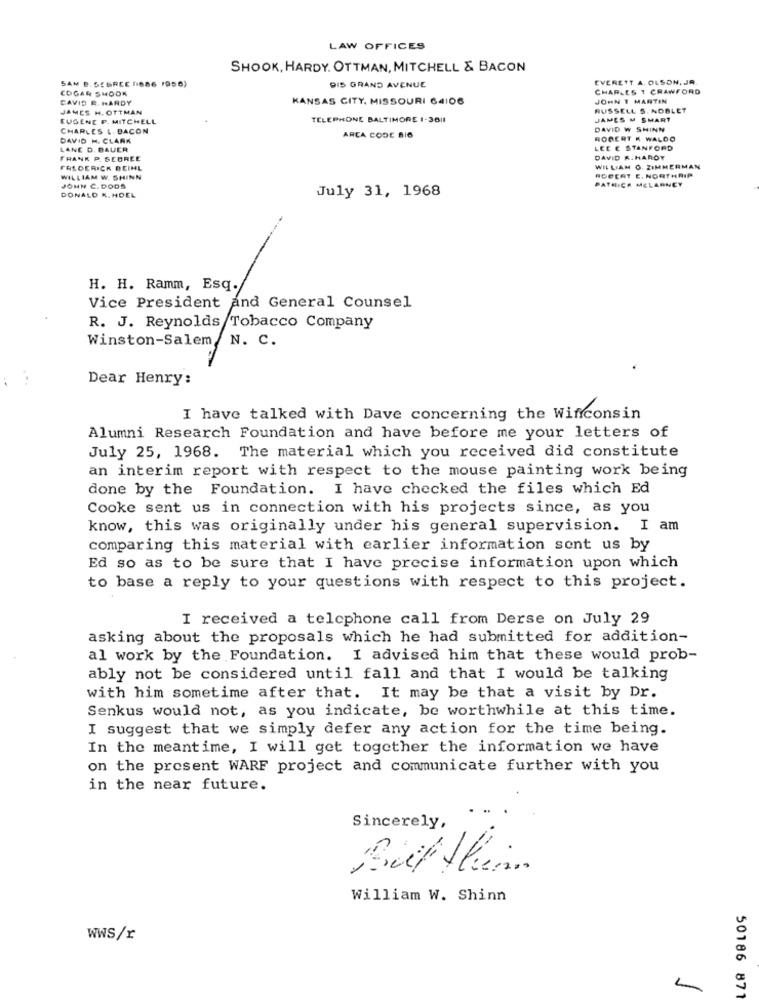
LAW OFFICES
SHOOK, HARDY. OTTMAN, MITCHELL & BACON
SAM B. SEGREC (1886 1950)
EVERETT A. OLSON, JR.
COGAR SHOOK
DIS GRAND AVENUE
CHARLES T CRAWFORD
CAVID R. HARDY
KANSAS CITY. MISSOURI 64106
JOHN T MARTIN
JAMES H. OTTMAN
RUSSELL S. NOBLET
EUGENE P. MITCHELL
TELEPHONE BALTIMORE 1-3611
JAMES M SMART
CHARLES L. DACON
DAVID W SHINN
DAVID H. CLARK
ARCA CODE BIO
ROBERT K WALDO
LANE D. BAUER
LEE E STANFORD
FRANK P. SCOREE
DAVID R.HARDY
FREDERICK BEINL
WILLIAM O. ZIMMERMAN
ROBERT E. NORTHRIP
WILLIAM W. SHINN
PATRICK MCLARNEY
JOHN C. DODS
July 31, 1968
DONALD M. HDEL
H. H. Ramm, Esq.
Vice President and General Counsel
R. J. Reynolds Tobacco Company
Winston-Salem N. C.
Dear Henry:
I have talked with Dave concerning the Wificonsin
Alumni Research Foundation and have before me your letters of
July 25, 1968. The material which you received did constitute
an interim report with respect to the mouse painting work being
done by the Foundation. I have checked the files which Ed
Cooke sent us in connection with his projects since, as you
know, this was originally under his general supervision. I am
comparing this material with earlier information sont us by
Ed so as to be sure that I have precise information upon which
to base a reply to your questions with respect to this project.
I received a telephone call from Derse on July 29
asking about the proposals which he had submitted for addition-
al work by the Foundation. I advised him that these would prob-
ably not be considered until fall and that I would be talking
with him sometime after that. It may be that a visit by Dr.
Senkus would not, as you indicate, be worthwhile at this time.
I suggest that we simply defer any action for the time being.
In the meantime, I will get together the information we have
on the present WARF project and communicate further with you
in the near future.
Sincerely,
William W. Shinn
WWS/r
50186 871